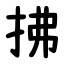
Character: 拂